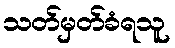
သတ်မှတ်ခံရသူ